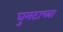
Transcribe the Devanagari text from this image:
घुमटाच्या